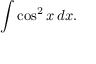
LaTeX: \int \cos ^ { 2 } x \, d x .